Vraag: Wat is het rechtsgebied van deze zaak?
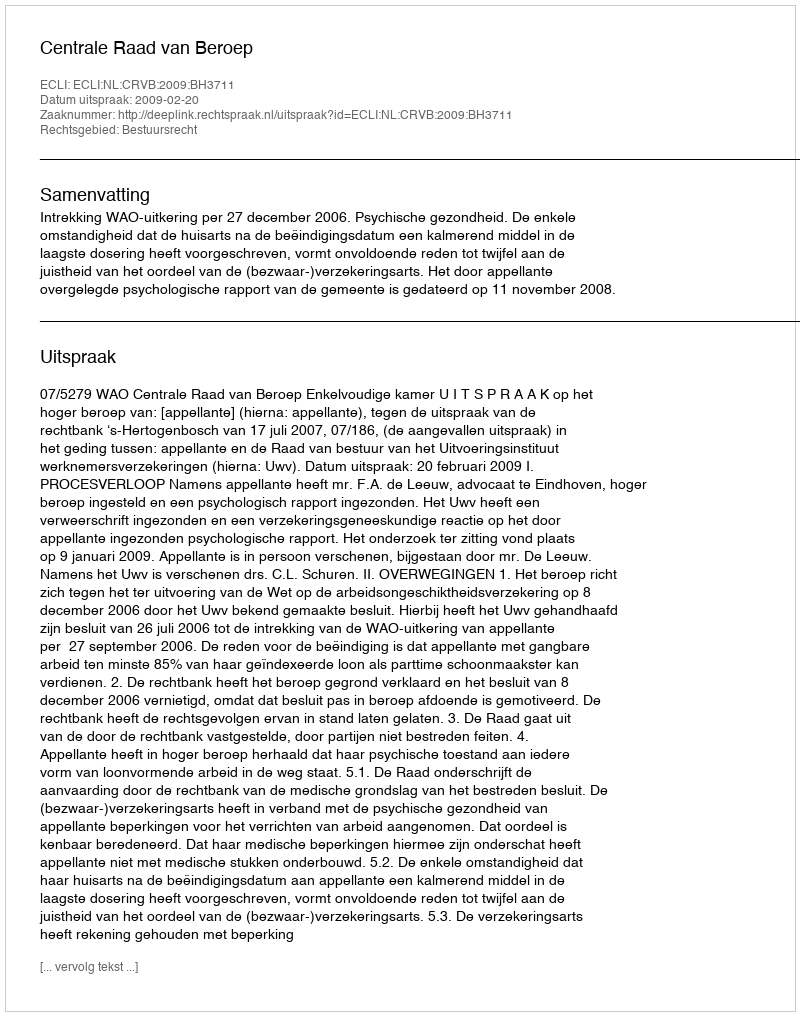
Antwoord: Bestuursrecht